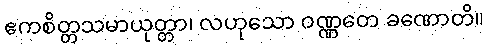
ဧကစိတ္တသမာယုတ္တာ၊ လဟုသော ဝဏ္ဏတေ ခဏောတိ။